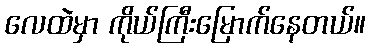
လေထဲမှာ ကိုယ်ကြီးမြောက်နေတယ်။